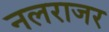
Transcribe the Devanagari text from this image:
नलराजर